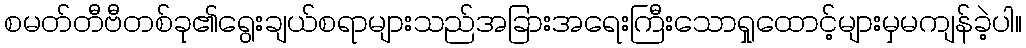
စမတ်တီဗီတစ်ခု၏ရွေးချယ်စရာများသည်အခြားအရေးကြီးသောရှုထောင့်များမှမကျန်ခဲ့ပါ။